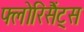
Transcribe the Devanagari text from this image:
फ्लोरिसैंट्स